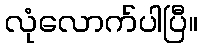
လုံလောက်ပါပြီ။